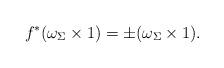
LaTeX: \begin{align*}f^*(\omega_\Sigma\times 1)=\pm(\omega_\Sigma\times1).\end{align*}